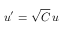
u ^ { \prime } = \sqrt { C } \, u